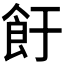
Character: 𱃡